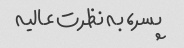
پسر، به نظرت عالیه